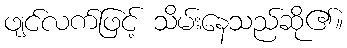
ဖျင်လက်ဖြင့် သိမ်းနေသည်ဆို၏။